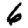
Digit: 6